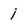
Character: j